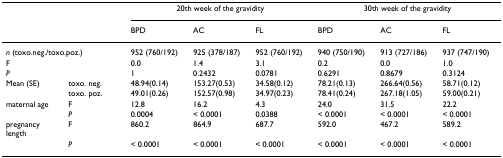
<table><thead><tr><td></td><td></td><td colspan="3"><b>20th week of the gravidity</b></td><td colspan="3"><b>30th week of the gravidity</b></td></tr><tr><td></td><td></td><td><b>BPD</b></td><td><b>AC</b></td><td><b>FL</b></td><td><b>BPD</b></td><td><b>AC</b></td><td><b>FL</b></td></tr></thead><tbody><tr><td colspan="2"><i>n </i>(toxo.neg./toxo.poz.)</td><td>952 (760/192)</td><td>925 (378/187)</td><td>952 (760/192)</td><td>940 (750/190)</td><td>913 (727/186)</td><td>937 (747/190)</td></tr><tr><td colspan="2">F</td><td>0.0</td><td>1.4</td><td>3.1</td><td>0.2</td><td>0.0</td><td>1.0</td></tr><tr><td colspan="2"><i>P</i></td><td>1</td><td>0.2432</td><td>0.0781</td><td>0.6291</td><td>0.8679</td><td>0.3124</td></tr><tr><td>Mean (SE)</td><td>toxo. neg.</td><td>48.94(0.14)</td><td>153.27(0.53)</td><td>34.58(0.12)</td><td>78.21(0.13)</td><td>266.64(0.56)</td><td>58.71(0.12)</td></tr><tr><td></td><td>toxo. poz.</td><td>49.01(0.26)</td><td>152.57(0.98)</td><td>34.97(0.23)</td><td>78.41(0.24)</td><td>267.18(1.05)</td><td>59.00(0.21)</td></tr><tr><td>maternal age</td><td>F</td><td>12.8</td><td>16.2</td><td>4.3</td><td>24.0</td><td>31.5</td><td>22.2</td></tr><tr><td></td><td><i>P</i></td><td>0.0004</td><td>&lt; 0.0001</td><td>0.0388</td><td>&lt; 0.0001</td><td>&lt; 0.0001</td><td>&lt; 0.0001</td></tr><tr><td>pregnancy length</td><td>F</td><td>860.2</td><td>864.9</td><td>687.7</td><td>592.0</td><td>467.2</td><td>589.2</td></tr><tr><td></td><td><i>P</i></td><td>&lt; 0.0001</td><td>&lt; 0.0001</td><td>&lt; 0.0001</td><td>&lt; 0.0001</td><td>&lt; 0.0001</td><td>&lt; 0.0001</td></tr></tbody></table>